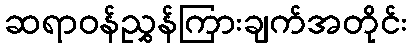
ဆရာဝန်ညွှန်ကြားချက်အတိုင်း